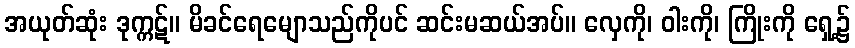
အယုတ်ဆုံး ဒုက္ကဋ်။ မိခင်ရေမျောသည်ကိုပင် ဆင်းမဆယ်အပ်။ လှေကို၊ ဝါးကို၊ ကြိုးကို ရှေ့၌